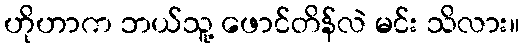
ဟိုဟာက ဘယ်သူ့ ဖောင်တိန်လဲ မင်း သိလား။